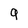
Character: q